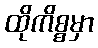
ထိုကိစ္စမှာ